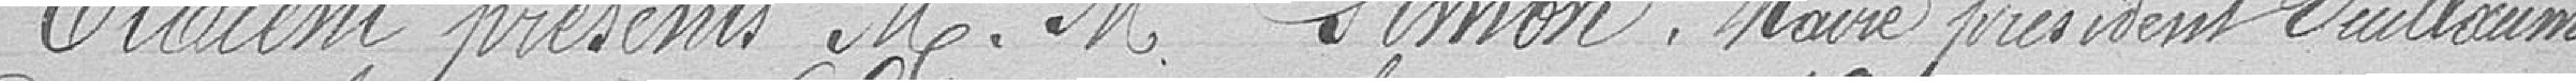
Etaient présents messieurs Simon, Maire président Vuillaume